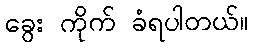
ခွေး ကိုက် ခံရပါတယ်။